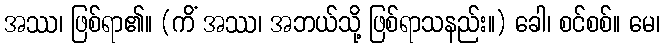
အဿ၊ ဖြစ်ရာ၏။ (ကိံ အဿ၊ အဘယ်သို့ ဖြစ်ရာသနည်း။) ခေါ၊ စင်စစ်။ မေ၊